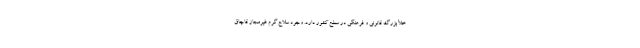
خلأ بزرگ قانونی و فرهنگی در سطح کشور دارد. وجود سلاح گرم غیرمجاز قاچاق